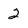
Character: 2